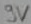
Text: 9V